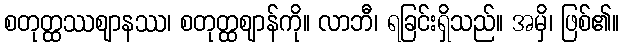
စတုတ္ထဿဈာနဿ၊ စတုတ္ထဈာန်ကို။ လာဘီ၊ ရခြင်းရှိသည်။ အမှိ၊ ဖြစ်၏။